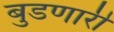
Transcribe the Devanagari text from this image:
बुडणारी